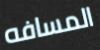
المسافه